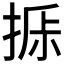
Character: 𰔁